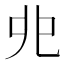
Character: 𠑹